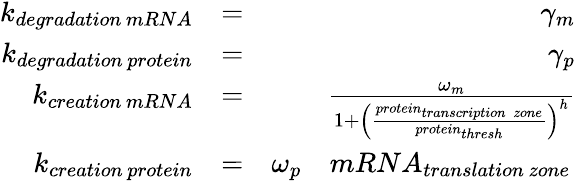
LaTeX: \begin{array}{rlr}{k_{degradation\, mRNA}}&{=}&{\gamma_{m}}\\ {k_{degradation\, protein}}&{=}&{\gamma_{p}}\\ {k_{creation\, mRNA}}&{=}&{\frac{\omega_{m}}{1+\left(\frac{protein_{transcription\; zone}}{protein_{thresh}}\right)^{h}}}\\ {k_{creation\, protein}}&{=}&{\omega_{p}\quad{mRNA}_{translation\, zone}\, }\end{array}